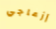
إزعاجي